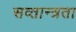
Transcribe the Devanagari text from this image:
सव्तान्त्रता